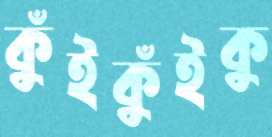
কুঁইকুঁইকু